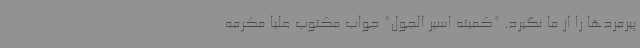
پیرمردها را از ما نگیرد. *کمیته اسیر الجول* جواب مکتوب علیا مکرمه